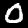
Label: 0